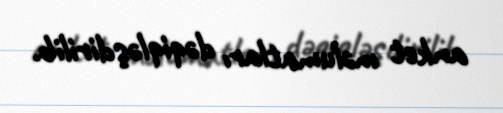
anket məlumatları dəqiqləşdirilib.